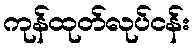
ကုန်ထုတ်လုပ်ငန်း